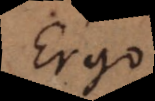
Ergo